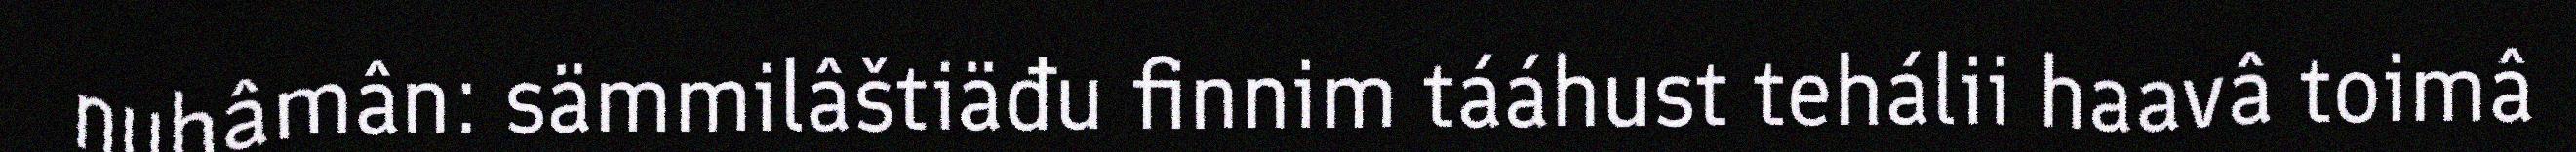
nuhâmân: sämmilâštiäđu finnim tááhust tehálii haavâ toimâ